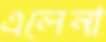
এলেনা